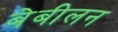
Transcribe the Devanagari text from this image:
बेबीलन